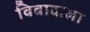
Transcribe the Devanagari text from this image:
विवादाला